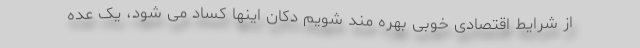
از شرایط اقتصادی خوبی بهره مند شویم دکان اینها کساد می شود، یک عده